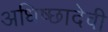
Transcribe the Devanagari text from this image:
अधिष्छादेवी